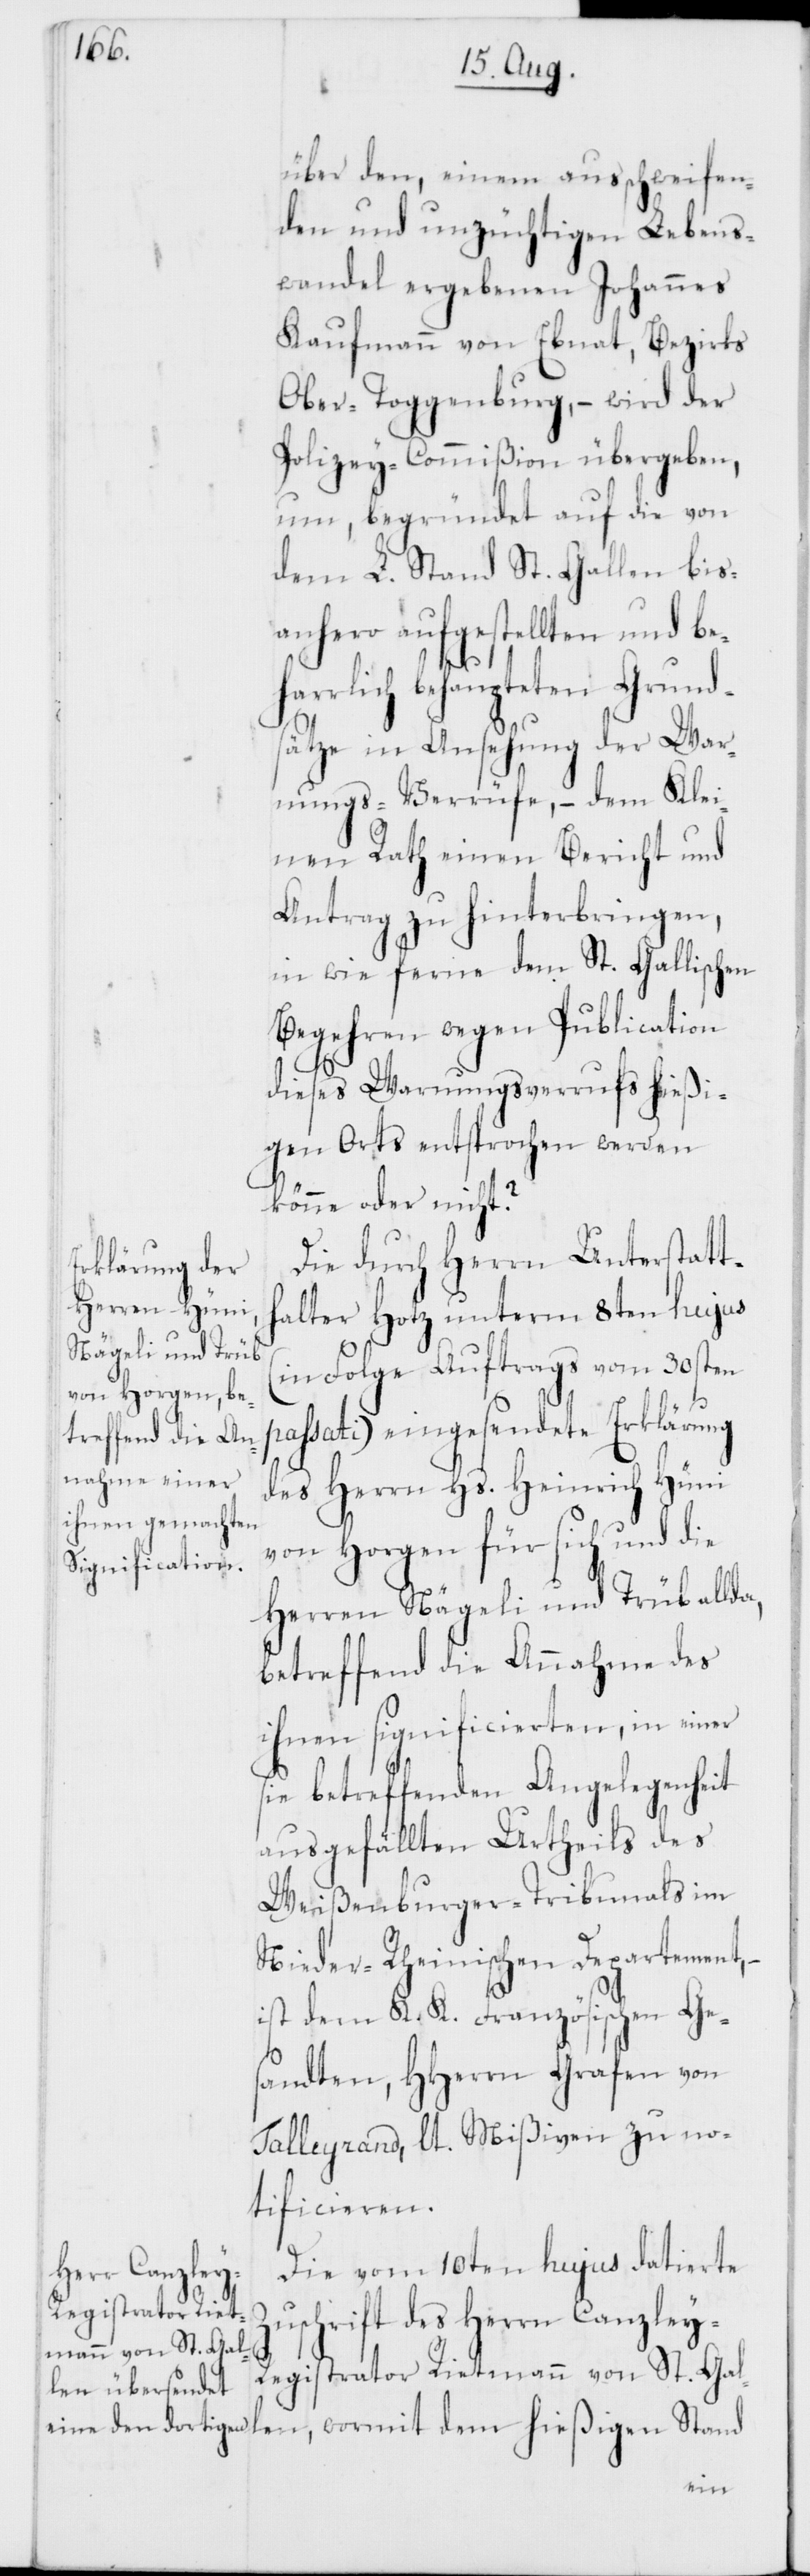
über den, einem ausschweifen¬
den und unzüchtigen Lebens¬
wandel ergebenen Johannes
Kaufmann von Ebnat, Bezirks
Ober-Toggenburg, – wird der
Polizey-Commißion übergeben,
um, begründet auf die von
dem L. Stand St. Gallen bis
anhero aufgestellten und beh¬
dem hießigen Stand
sätze in Ansehung der War¬
nungs-Verrüfe, – dem Klei¬
nen Rath einen Bericht und
Antrag zu hinterbringen,
in wie ferne dem St. Gallischen
Begehren wegen Publication
dieses Warnungsverrufs hießi¬
gen Orts entsprochen werden
könne oder nicht?
Die durch Herrn Unterstatt¬
halter Hotz unterm 8ten hujus
(in Folge Auftrags vom 30sten
assati) eingesendete Erklärung
des Herrn Hs. Heinrich Hüni
von Horgen für sich und die
Herren Nägeli und Trüb allda,
betreffend die Annahme des
ihnen significierten, in einer
sie betreffenden Angelegenheit
ausgefällten Urtheils des
Weißenburger-Tribunals im
Nieder-Rheinischen Departement,
ist dem K. K. Französischen Ge¬
sandten, HHerrn Grafen von
Talleyrand, laut Mißiven zu no¬
tificieren.
Die vom 10ten hujus datierte
Zuschrift des Herrn Canzley-R¬
egistrator Rietmann von St. Gal¬
len,